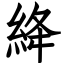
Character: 絳